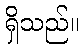
ရှိသည်။